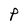
Character: P